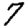
Digit: 7